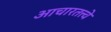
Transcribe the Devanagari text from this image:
आचारतत्त्वे